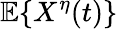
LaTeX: \mathbb{E}\{ X^{\eta}(t)\}